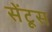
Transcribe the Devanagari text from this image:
सेंटूस